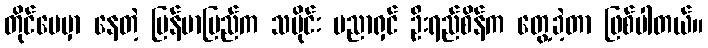
တိုင်ပေမှာ နေတဲ့ မြန်မာပြည်က သမိုင်း ပညာရှင် ဦးရည်စိန်က တွေ့ခဲ့တာ ဖြစ်ပါတယ်။